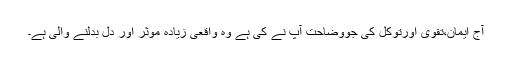
آج ایمان،تقویٰ اورتوکل کی جووضاحت آپ نے کی ہے وہ واقعی زیادہ موثر اور دل بدلنے والی ہے۔